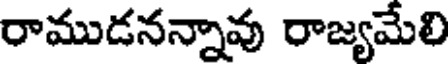
రాముడనన్నావు రాజ్యమేలి